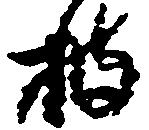
披